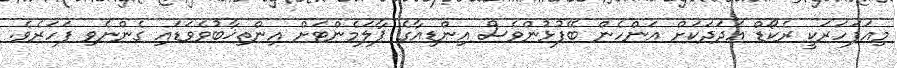
މިއަފަހަރަކީ ރެކޯޑް އަދަދަކަށް އަންހެން ބޭފުޅުންވެސް އިންޑިއާގެ ޕާލަމެންޓަށް އިންތިޚާބުވެވަޑައި ގެންނެވި ފަހަރެވެ.